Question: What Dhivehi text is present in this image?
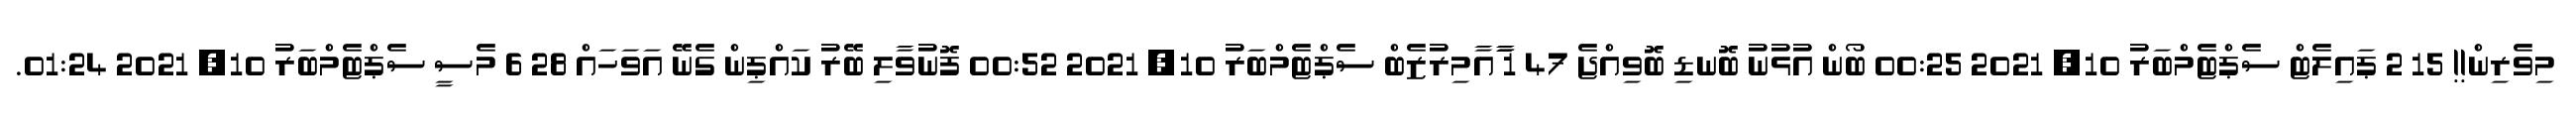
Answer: މިވެރިން!! 15 2 ޕައިލެޓް ސެޕްޓެމްބަރު 10, 2021 00:25 ބޯން އުޅުނު ބޮނޑި ބޮވިއްޖެ 47 1 ާަާއާމިރުޒެބް ސެޕްޓެމްބަރު 10, 2021 00:52 ފޮނުވާލި ބޭރު ކައްޕިން ގެނޭ އަވަހައް 28 6 މެސީ ސެޕްޓެމްބަރު 10, 2021 01:24.